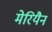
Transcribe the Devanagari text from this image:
मेरियैन